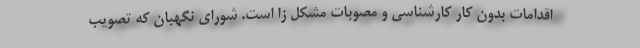
اقدامات بدون کار کارشناسی و مصوبات مشکل زا است. شورای نگهبان که تصویب